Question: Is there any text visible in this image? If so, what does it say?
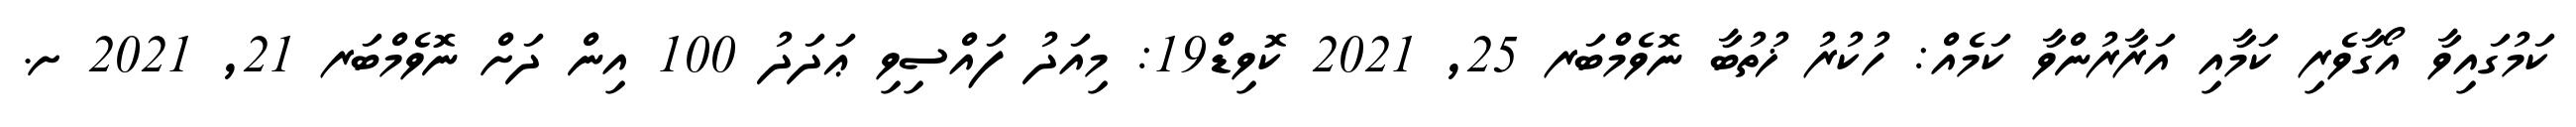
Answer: ކަމުގައިވާ އޯގާވެރި ކަމާއި އަރާރުންވާ ކަމެއް: ހުކުރު ޚުތުބާ ނޮވެމްބަރ 25, 2021 ކޮވިޑް19: މިއަދު ފައްސިވި ޢަދަދު 100 އިން ދަށް ނޮވެމްބަރ 21, 2021 ށ.